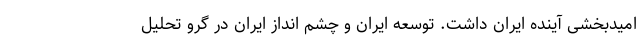
امیدبخشی آینده ایران داشت. توسعه ایران و چشم انداز ایران در گرو تحلیل